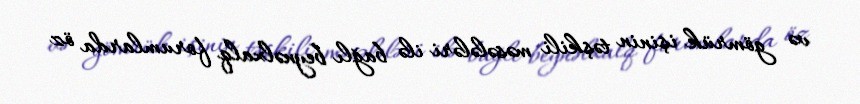
və gömrük işinin təşkili məsələləri ilə bağlı beynəlxalq forumlarda öz